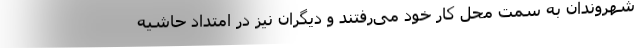
شهروندان به سمت محل کار خود می‌رفتند و دیگران نیز در امتداد حاشیه